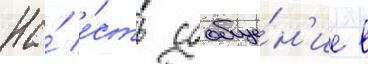
На́ е́сть сообще́н'ие в